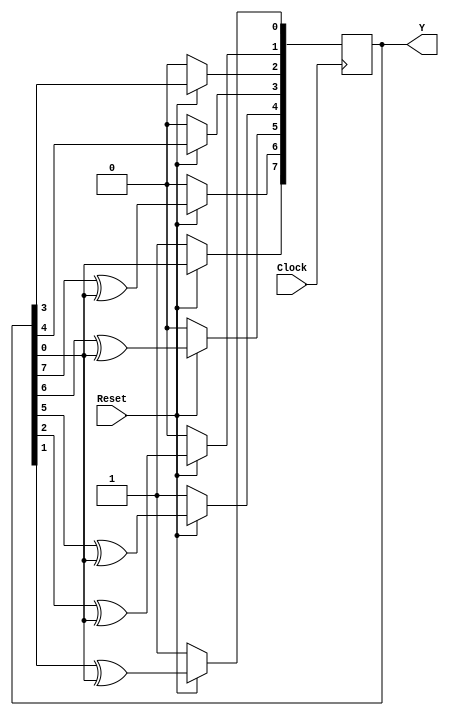
module Auto_LFSR_ALGO (Y, Clock, Reset);
  parameter 	Length = 8;
  parameter 	initial_state = 8'b1001_0001;
  parameter 	[1: Length] Tap_Coefficient = 8'b1100_1111;
  input 		Clock, Reset;
  output 		[1: Length] Y;
  integer		Cell_ptr;
  reg 		[1: Length] Y;	// 5-10-2004

  always @  (posedge Clock)
    begin
      if (!Reset) Y <= initial_state;		// Arbitrary initial state, 91h
      else begin for (Cell_ptr = 2; Cell_ptr <= Length; Cell_ptr = Cell_ptr +1)
        if (Tap_Coefficient [Length - Cell_ptr + 1] == 1) 			
          Y[Cell_ptr] <= Y[Cell_ptr -1]^ Y [Length];
        else
          Y[Cell_ptr] <= Y[Cell_ptr -1];
          Y[1] <= Y[Length];
      end
    end
endmodule